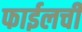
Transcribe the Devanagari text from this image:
फाईलची